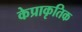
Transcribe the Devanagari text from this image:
केप्राकृतिक